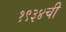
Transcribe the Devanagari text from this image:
१९३४ची